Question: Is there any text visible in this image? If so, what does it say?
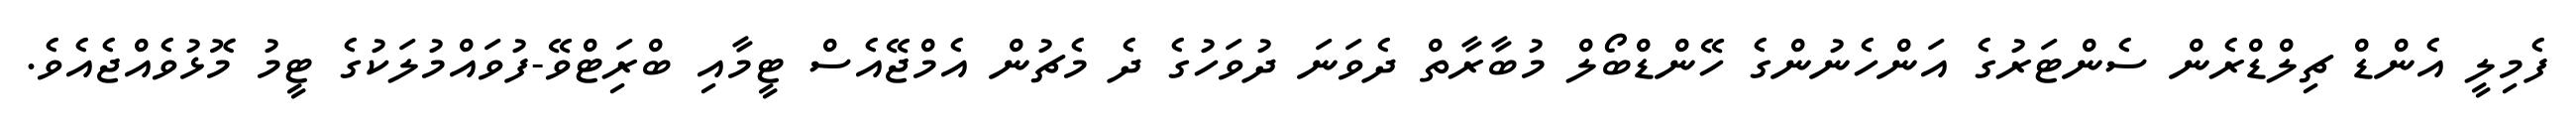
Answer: ފެމިލީ އެންޑް ޗިލްޑްރެން ސެންޓަރުގެ އަންހެނުންގެ ހޭންޑްބޯލް މުބާރާތް ދެވަނަ ދުވަހުގެ ދެ މެޗުން އެމްޖޭއެސް ޓީމާއި ބްރަިޓްވޭ-ފުވައްމުލަކުގެ ޓީމު މޮޅުވެއްޖެއެވެ.